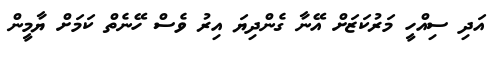
އަދި ސިއްހީ މަރުކަޒަށް އޭނާ ގެންދިޔަ އިރު ވެސް ހޭނެތް ކަމަށް ޔާމީން